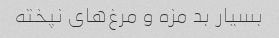
بسیار بد مزه و مرغ‌های نپخته